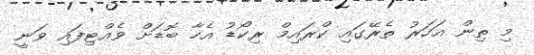
މި ތިން އަހަރު ތެރޭގައި ކްރައިމް ރިކޯޑު އެހާ ބޮޑަށް ވެއްޓިފައި ވަނީ